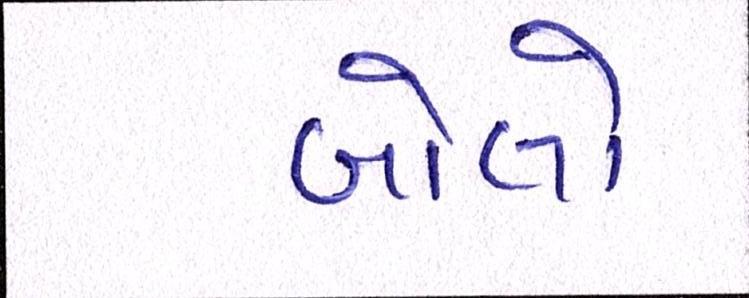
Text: બોલો